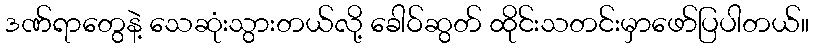
ဒဏ်ရာတွေနဲ့ သေဆုံးသွားတယ်လို့ ခေါဝ်ဆွတ် ထိုင်းသတင်းမှာဖော်ပြပါတယ်။